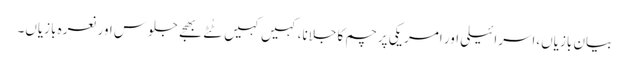
بیان بازیاں،اسرائیلی اور امریکی پرچم کا جلانا،کہیں کہیں ٹُٹے بھجے جلوس اور نعرہ بازیاں۔